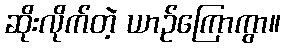
ဆိုးလိုက်တဲ့ ယာဉ်ကြောကွာ။